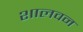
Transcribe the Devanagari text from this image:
शालवन